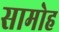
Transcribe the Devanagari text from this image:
सामोह